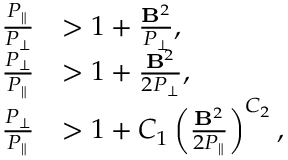
\begin{array} { r l } { \frac { P _ { \| } } { P _ { \perp } } } & { > 1 + \frac { \mathbf { B } ^ { 2 } } { P _ { \perp } } , } \\ { \frac { P _ { \perp } } { P _ { \| } } } & { > 1 + \frac { \mathbf { B } ^ { 2 } } { 2 P _ { \perp } } , } \\ { \frac { P _ { \perp } } { P _ { \| } } } & { > 1 + C _ { 1 } \left( \frac { \mathbf { B } ^ { 2 } } { 2 P _ { \| } } \right) ^ { C _ { 2 } } , } \end{array}